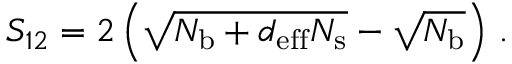
S _ { 1 2 } = 2 \left( \sqrt { N _ { \mathrm { b } } + d _ { \mathrm { e f f } } N _ { \mathrm { s } } } - \sqrt { N _ { \mathrm { b } } } \right) \, .